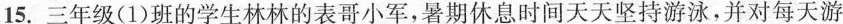
15.三年级（1）班的学生林林的表哥小军，暑期休息时间天天坚持游泳，并对每天游